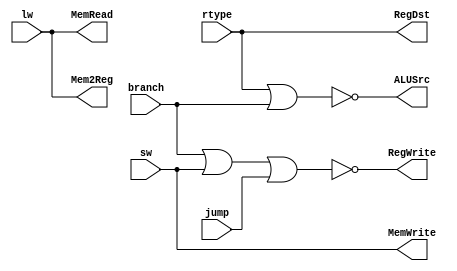
// control unit part 2
module yC2(RegDst, ALUSrc, RegWrite, Mem2Reg, MemRead, MemWrite, rtype, lw, sw, branch, jump);
output RegDst, ALUSrc, RegWrite, Mem2Reg, MemRead, MemWrite;
input rtype, lw, sw, branch, jump;

assign RegDst = rtype;
nor (ALUSrc, rtype, branch);
nor (RegWrite, branch, sw, jump);
assign Mem2Reg = lw;
assign MemRead = lw;
assign MemWrite = sw;

endmodule